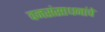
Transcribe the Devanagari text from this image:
वनसंसाधनांचे